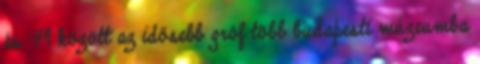
és ’49 között az idősebb gróf több budapesti múzeumba